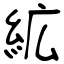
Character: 絋